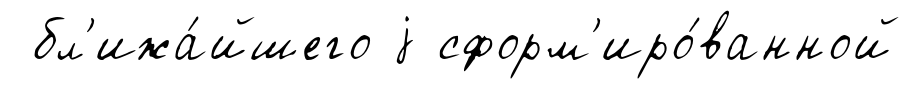
бл'ижа́йшего j сформ'иро́ванной